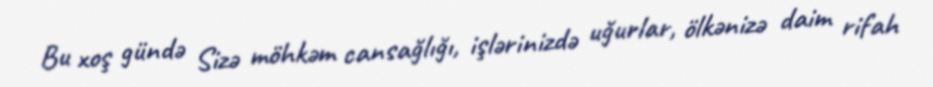
Bu xoş gündə Sizə möhkəm cansağlığı, işlərinizdə uğurlar, ölkənizə daim rifah